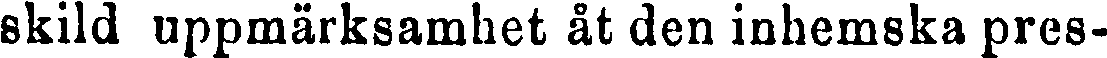
skild uppmärksamhet åt den inhemska pres-